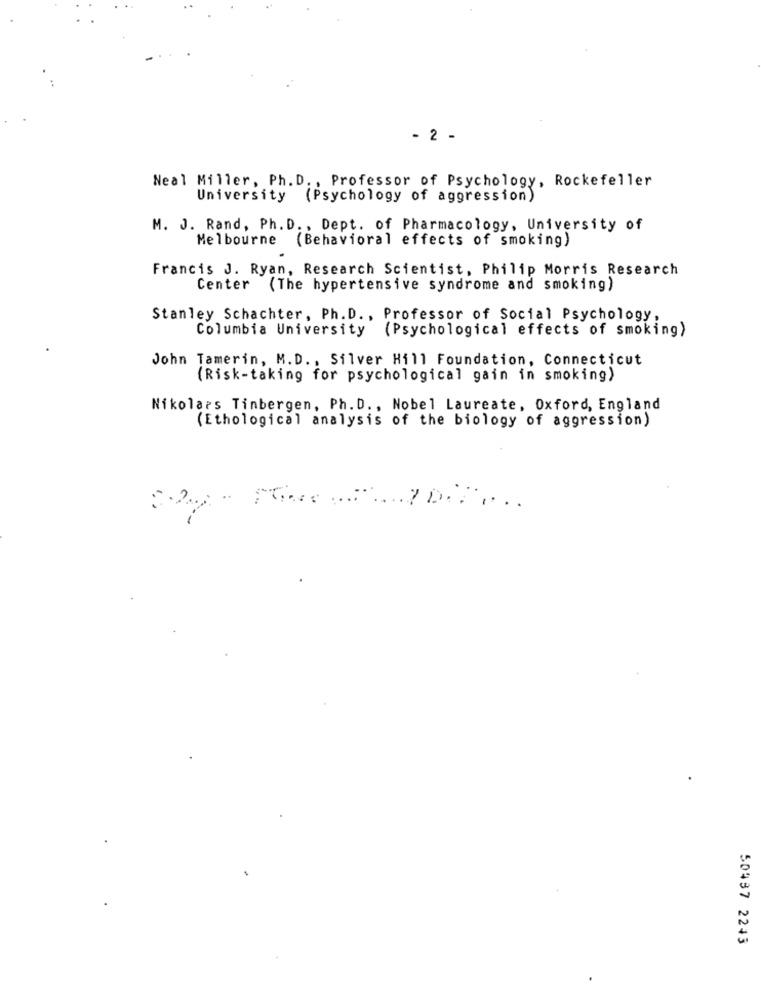
- 2 -
Neal Miller, Ph.D ., Professor of Psychology, Rockefeller
University (Psychology of aggression)
M. J. Rand, Ph.D ., Dept. of Pharmacology, University of
Melbourne (Behavioral effects of smoking)
Francis J. Ryan, Research Scientist, Philip Morris Research
Center (The hypertensive syndrome and smoking)
Stanley Schachter, Ph.D ., Professor of Social Psychology,
Columbia University
(Psychological effects of smoking)
John Tamerin, M.D ., Silver Hill Foundation, Connecticut
(Risk-taking for psychological gain in smoking)
Nikolars Tinbergen, Ph. D ., Nobel Laureate, Oxford, England
(Ethological analysis of the biology of aggression)
50437 2243